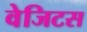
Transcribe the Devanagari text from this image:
वेजिटस